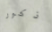
ذكور